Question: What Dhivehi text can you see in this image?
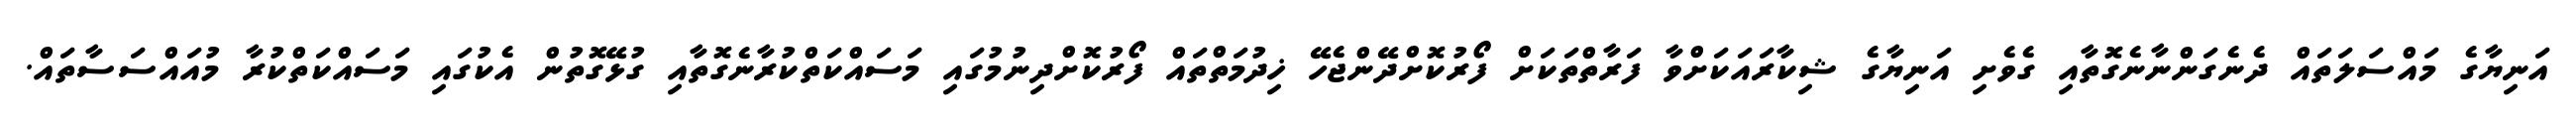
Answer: އަނިޔާގެ މައްސަލަތައް ދެނެގަންނާނެގޮތާއި ގެވެށި އަނިޔާގެ ޝިކާރައަކަށްވާ ފަރާތްތަކަށް ފޯރުކޮށްދޭންޖެހޭ ޚިދުމަތްތައް ފޯރުކޮށްދިނުމުގައި މަސައްކަތްކުރާނެގޮތާއި ގުޅޭގޮތުން އެކުގައި މަސައްކަތްކުރާ މުއައްސަސާތައް.